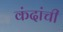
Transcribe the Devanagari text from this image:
कंदांची